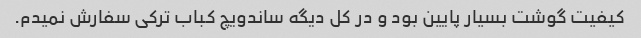
کیفیت گوشت بسیار پایین بود و در کل دیگه ساندویچ کباب ترکی سفارش نمیدم.